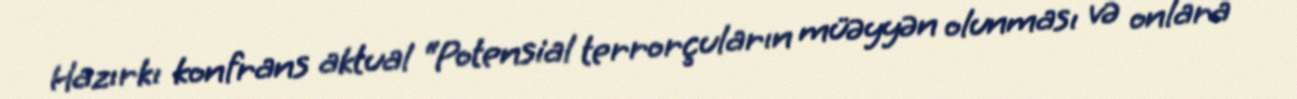
Hazırkı konfrans aktual “Potensial terrorçuların müəyyən olunması və onlara